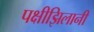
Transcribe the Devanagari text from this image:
पक्षीझिलानी